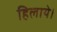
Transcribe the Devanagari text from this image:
हिलाये।